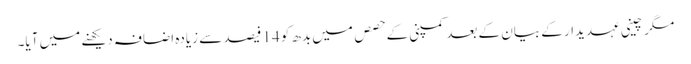
مگر چینی عہدیدار کے بیان کے بعد کمپنی کے حصص میں بدھ کو 14 فیصد سے زیادہ اضافہ دیکھنے میں آیا۔